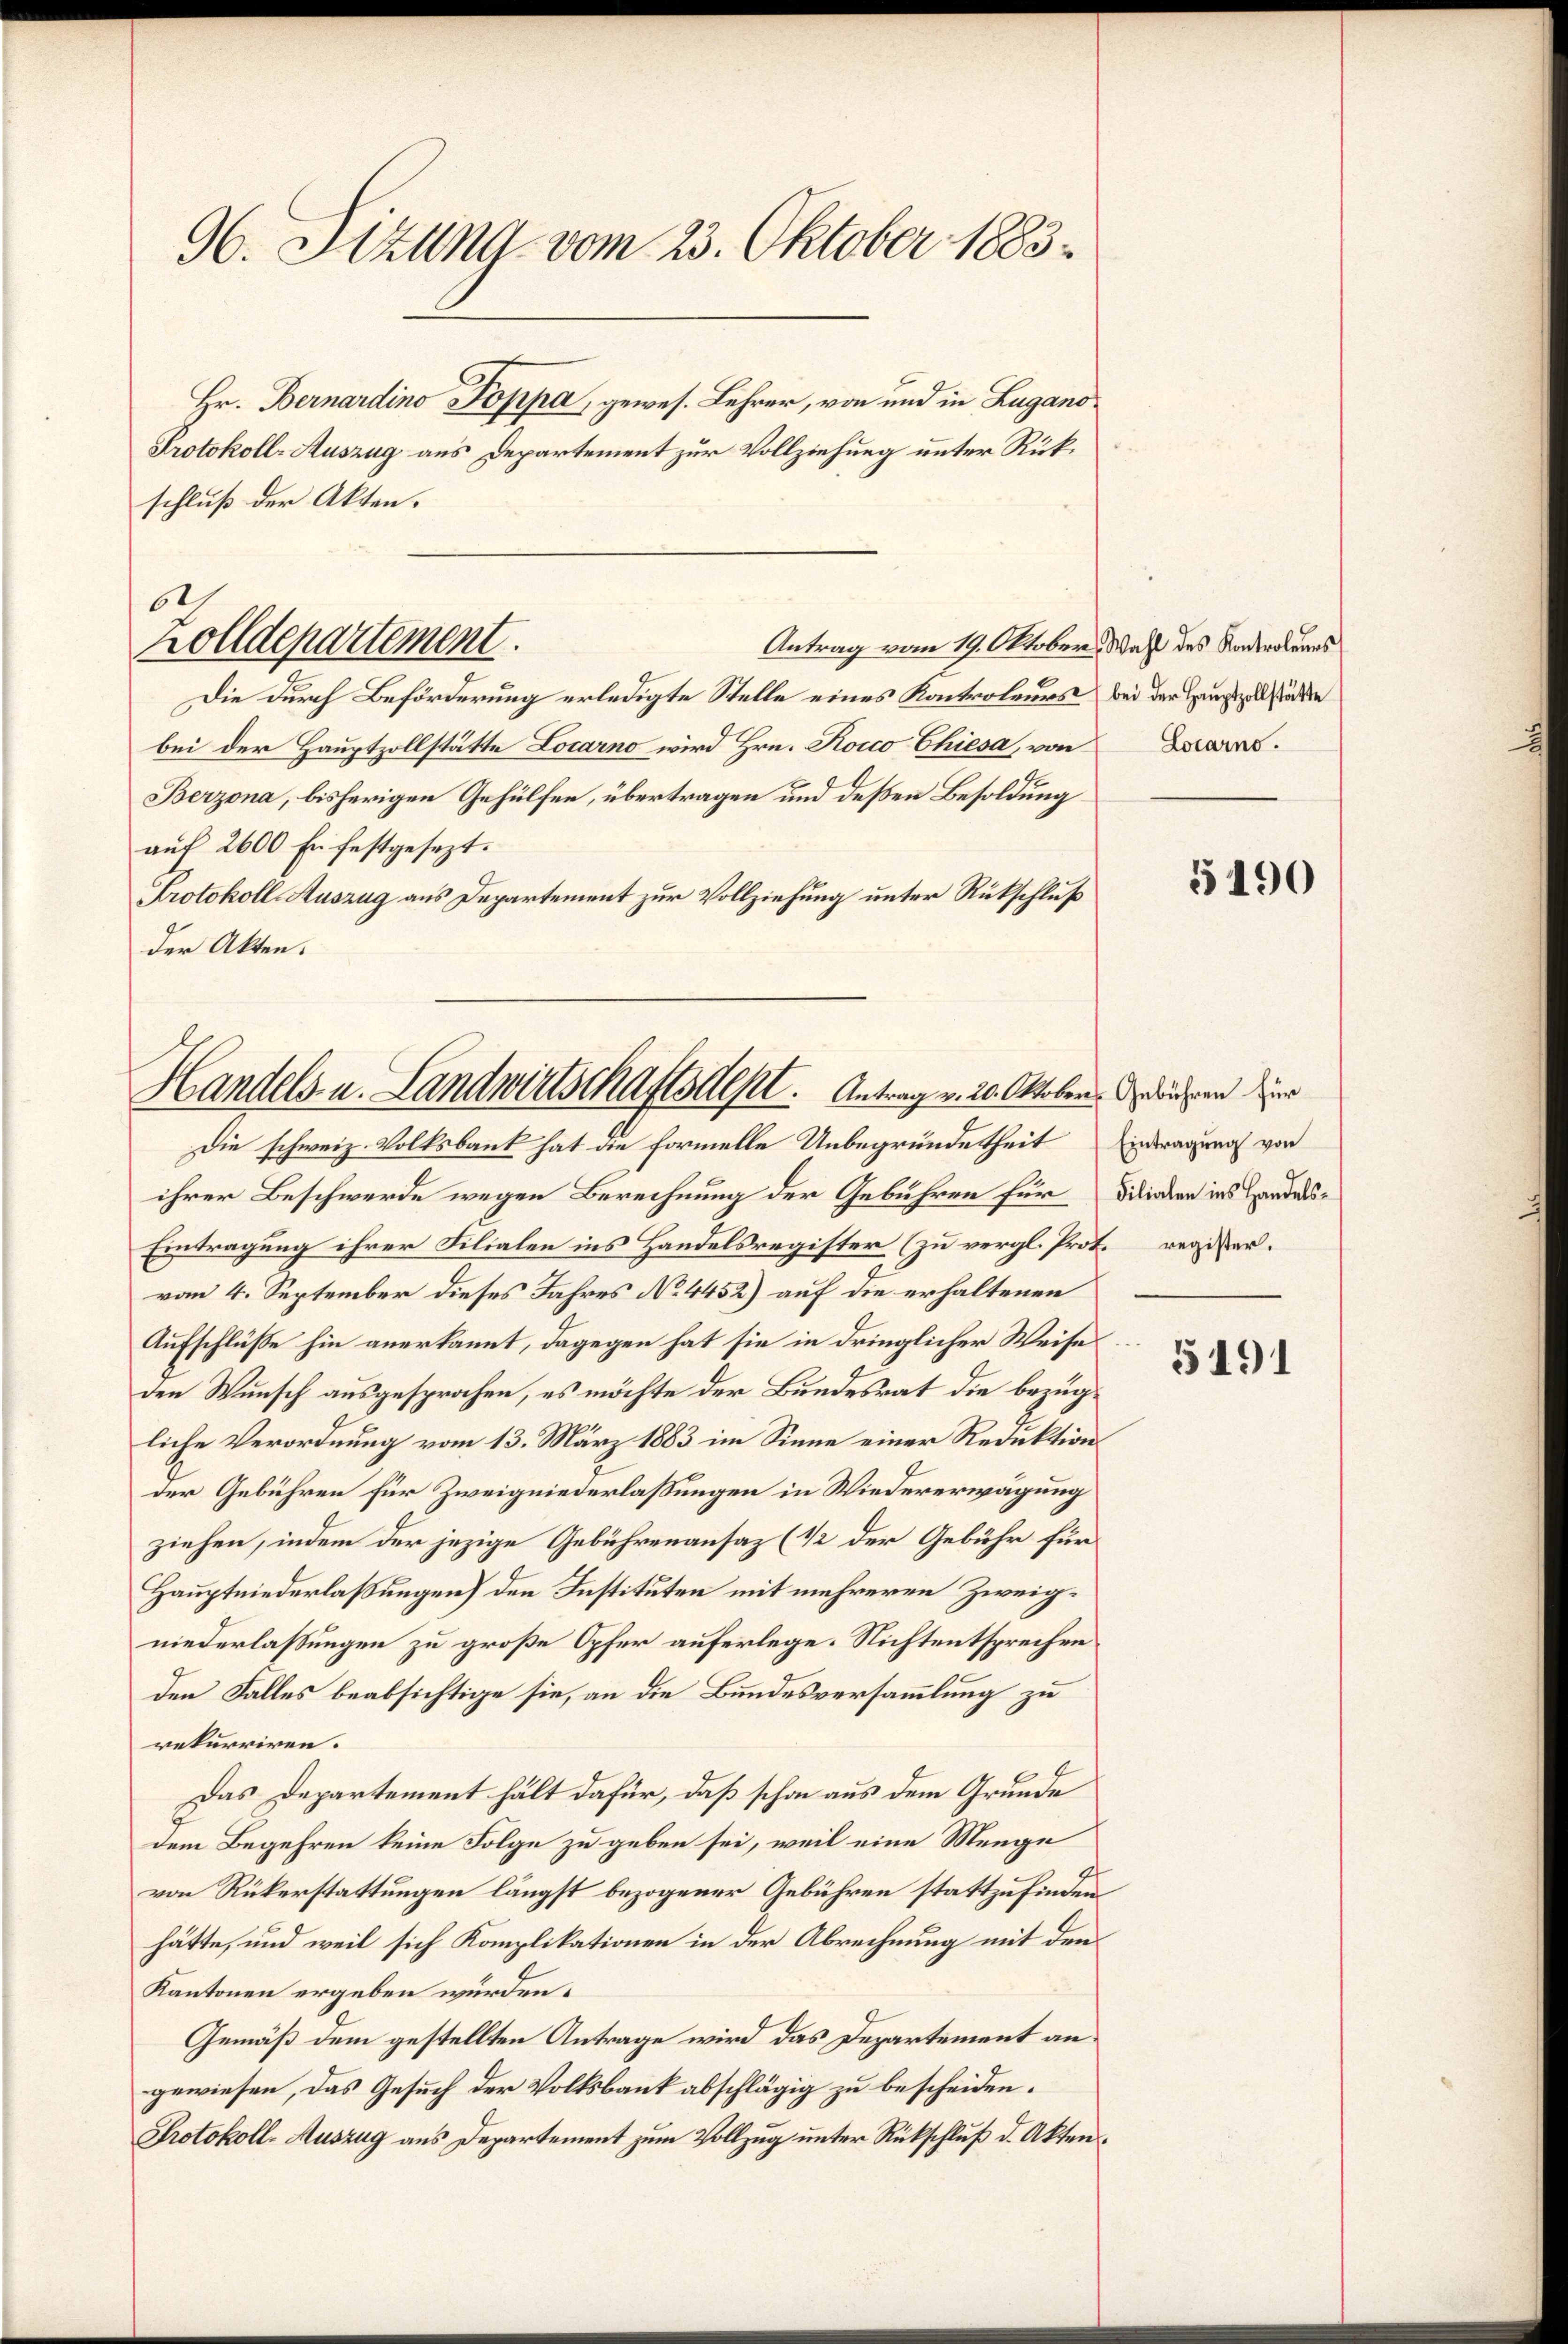
96. Stzung vom 23. Oktober 1883.

Hr. Bernardino Poppa, gewes. Lehrer, von und in Lugano¬
Protokoll-Auszug aus Departement zur Vollziehung unter Rückschluß der Akten.
Antrag vom 19. Oktober. Wahl des Kontroleurs
Die durch Beförderung erledigte Stelle eines Kontroleurs bei der Hauszollstände
bei der Hauptzollstätte Locarno wird Hrn. Rosco Chiesa, von
Berzona, bisherigen Gehülfen, übertragen und deßen Besoldung
auf 2600 Er festgesezt.
Protokoll-Auszug aus Departement zur Vollziehung unter Rückschluß
der Akten.
Die schweiz. Volksbank hat die Formelle Unbegründetheit
ihrer Beschwerde wegen Berechnung der Gebühren für Dicken ins Handes¬
Eintragung ihrer Filialen ins Handelsregister (zu vergl. Prot. register.
vom 4. September dieses Jahres No 4452) auf die erhaltenen
Aufschlüße hin anerkannt, dagegen hat sie in dringlicher Weise
den Wunsch ausgesprochen, es möchte der Bundesrat die bezügliche Verordnung vom 13. März 1883 im Sinne einer Reduktion
der Gebühren für Zweigniederlassungen in Wiedererwägung
ziehen, indem der jezige Gebührenansaz (1/2 der Gebühr für
Hauptniederlassungen) den Instituten mit mehreren Zweigniederlassungen zu große Opfer auferlege. Nicht entsprechen
den Falles beabsichtige sie, an die Bundesversammlung zu
rekurriren.
Das Departement hält dafür, daß schon aus dem Grunde
dem Begehren keine Folge zu geben sei, weil eine Menge
von Rükerstattungen längst bezogener Gebühren stattzufinden.
hätte, und weil sich Komplikationen in der Abrechnung mit den
Kantonen ergeben würden.
Gemäß dem gestellten Antrage wird das Departement angewiesen, das Gesuch der Volksbank abschlägig zu bescheiden.
Protokoll-Auszug aus Departement zum Vollzug unter Rückschluß d. Akten¬

6
holldepartement.

Handels- u. Landwirtschaftsdest. Antrag v. 20. Oktober. Griechen zur

Locarno.

5190

Eintragung von

5191